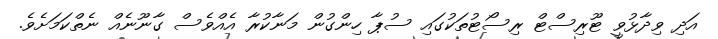
އަދި ވިދާޅުވީ ޓޫރިސްޓް ރިސޯޓުތަކުގައި ސުޕާ ހިންގުން މަނާކުރާ އެއްވެސް ގާނޫނެއް ނެތްކަމަށެވެ.